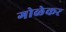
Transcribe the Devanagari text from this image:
गोळेकर